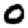
Digit: 0